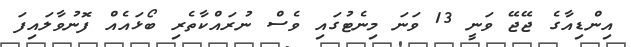
އިންޑިއާގެ ޖޭޖޭ ވަނީ 13 ވަނަ މިނެޓުގައި ވެސް ނުރައްކާތެރި ބޯޅައެއް ފޮނުވާލައިފަ